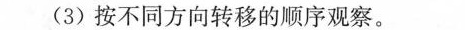
(3)按不同方向转移的顺序观察，